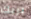
بربك